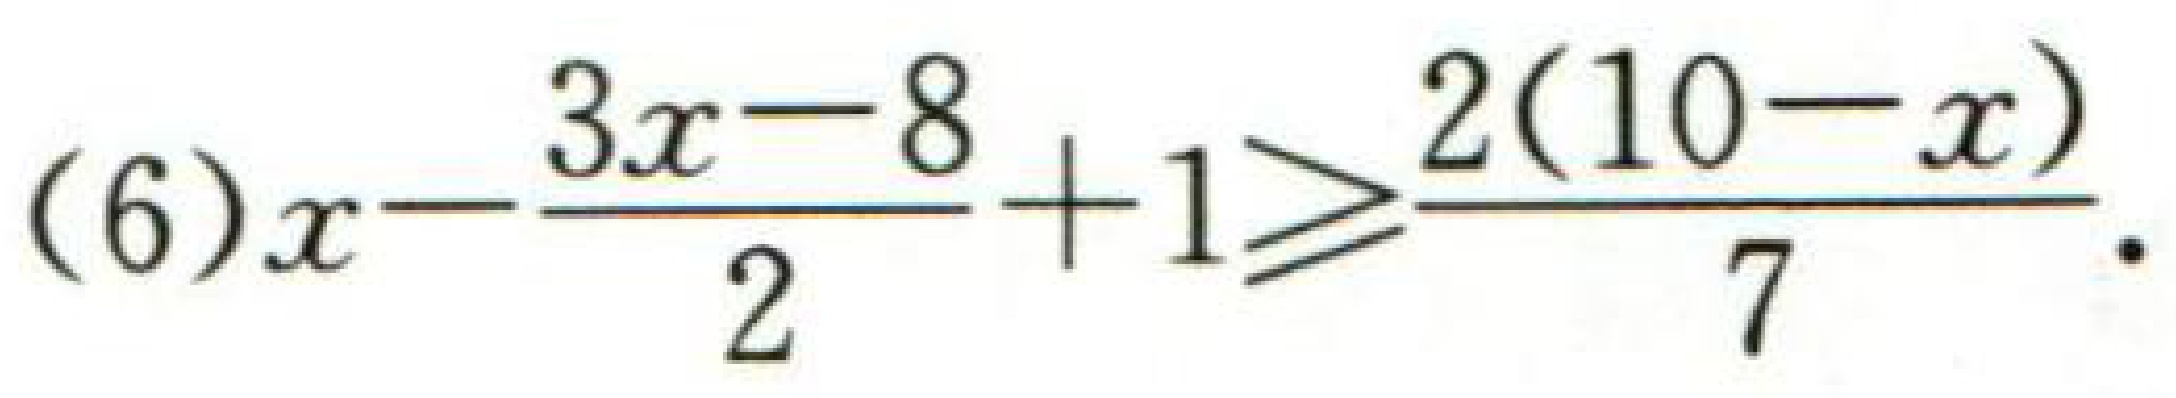
\((6)x - \frac{3x - 8}{2}+1\geqslant\frac{2(10 - x)}{7}\)